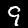
Digit: 9